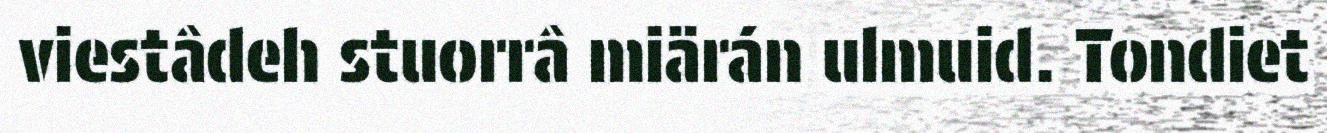
viestâdeh stuorrâ miärán ulmuid. Tondiet